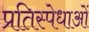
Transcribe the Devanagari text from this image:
प्रतिस्पेधाओं